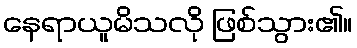
နေရာယူမိသလို ဖြစ်သွား၏။